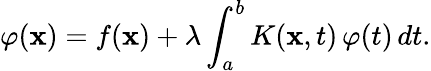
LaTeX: \varphi(\mathbf{x})=f(\mathbf{x})+\lambda\int_{a}^{b}K(\mathbf{x},t)\, \varphi(t)\, dt.